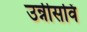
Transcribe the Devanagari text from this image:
उन्नीसविं